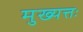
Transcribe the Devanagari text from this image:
मुख्यत्तः